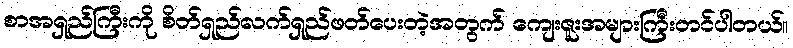
စာအရှည်ကြီးကို စိတ်ရှည်လက်ရှည်ဖတ်ပေးတဲ့အတွက် ကျေးဇူးအများကြီးတင်ပါတယ်။